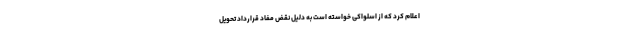
اعلام کرد که از اسلواکی خواسته است به دلیل نقض مفاد قرارداد تحویل